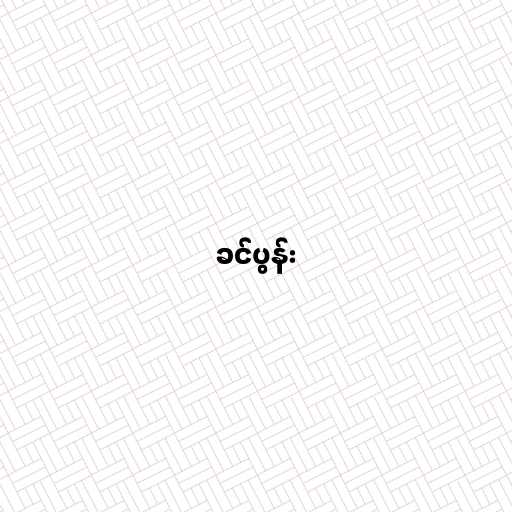
ခင်ပွန်း